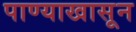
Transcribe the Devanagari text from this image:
पाण्याखासून